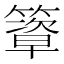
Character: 𥴃